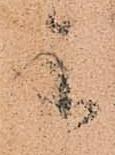
参